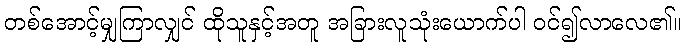
တစ်အောင့်မျှကြာလျှင် ထိုသူနှင့်အတူ အခြားလူသုံးယောက်ပါ ဝင်၍လာလေ၏။